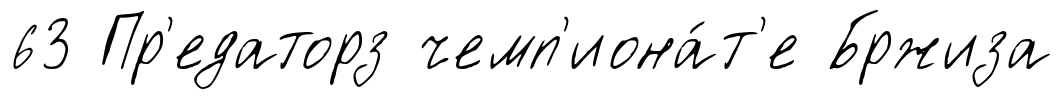
63 Пр'едаторз чемп'иона́т'е Бржиза